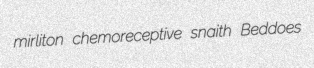
mirliton chemoreceptive snaith Beddoes